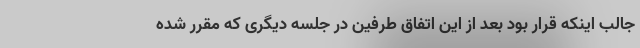
جالب اینکه قرار بود بعد از این اتفاق طرفین در جلسه دیگری که مقرر شده